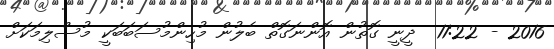
2016 - 11:22  ދީނީ ގޮތުން އޮންނަގޮތް ބެލުން މުހިންމުސަބަބަކީ މުސްލިމަކަށް